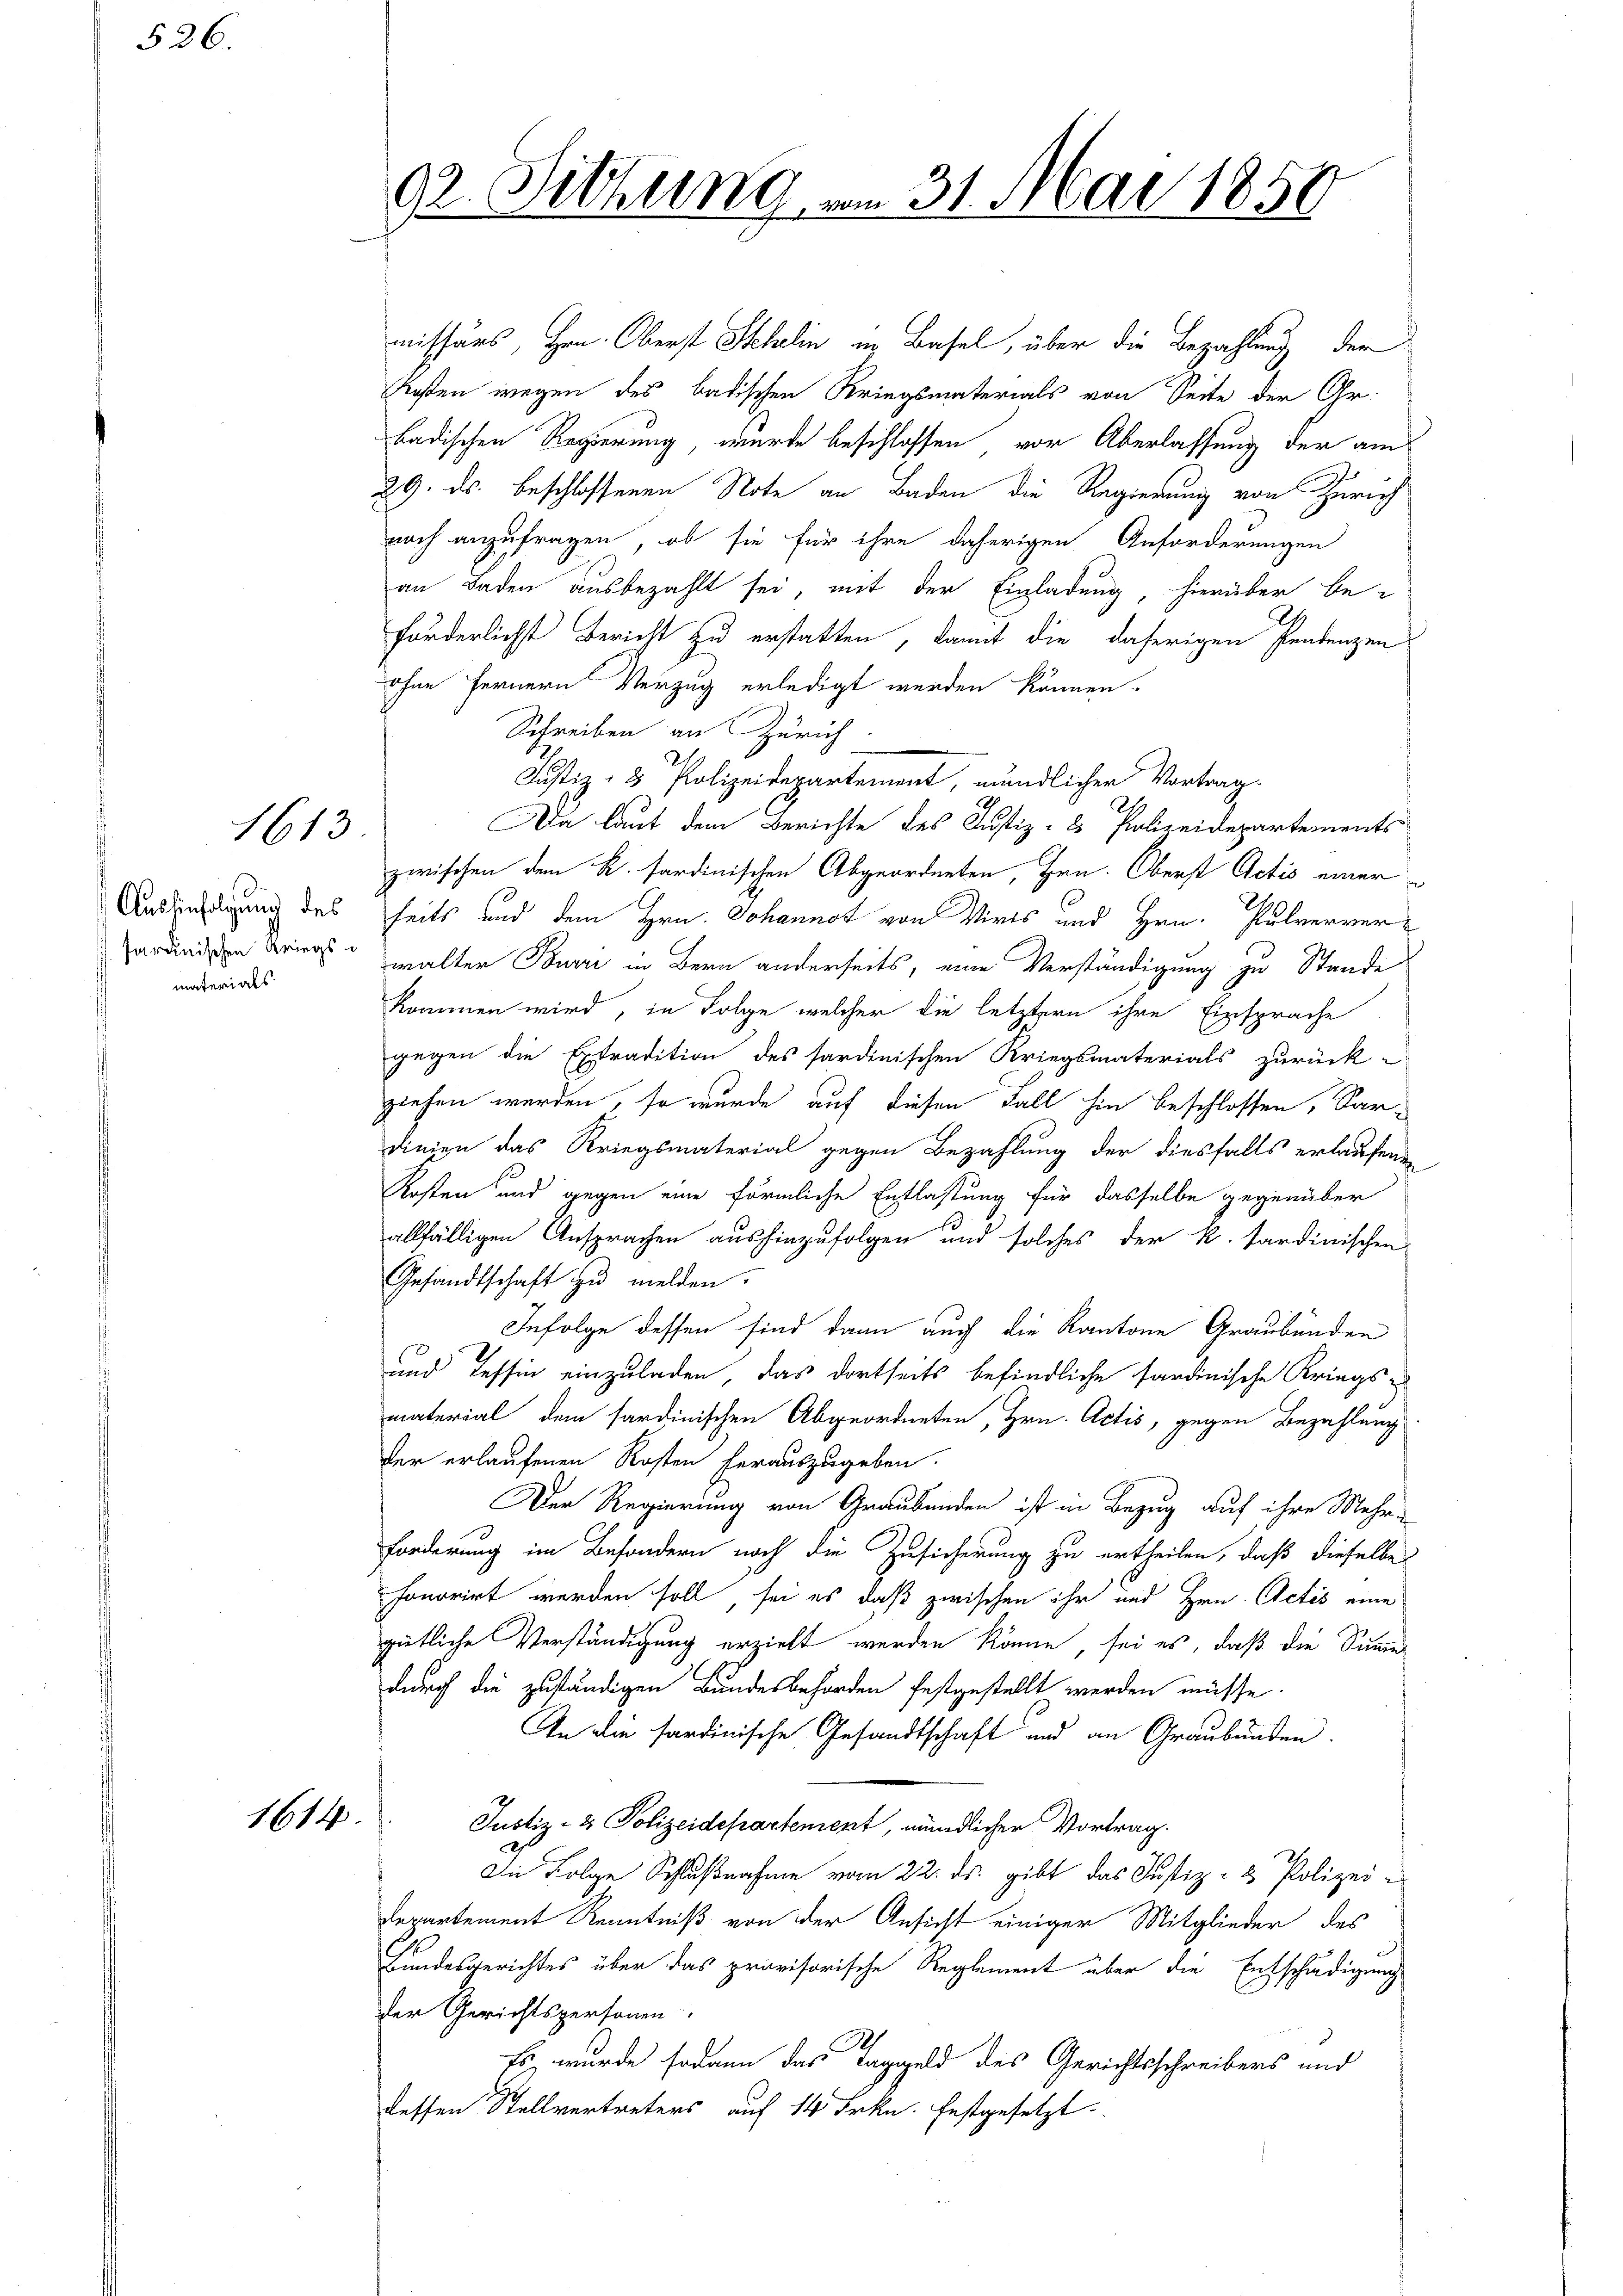
526.

1613.

Aushinfolgung des
sardinischen Kriegs
materials

1614

missärs, Hrn. Oberst Schlin in Basel, über die Bezahlung der
Kosten wegen des badischen Kriegsmaterials von Seite der Gr.
badischen Regierung, werde beschlossen vor Überlassung der am
29. ds. beschlossenen Note an Baden die Regierung von Zürich
noch anzufragen, ob sie für ihre daherigen Anforderungen
an Baden ausbezahlt sei, mit der Einladung, hierüber be-
forderlichst Bericht zu erstatten, damit die daherigen Pendenzen
ohne fernern Verzug erledigt werden können.
Schreiben an Zürich.
Justiz- & Polizeidepartement, mündlicher Vortrag
Da laut dem Berichte des Justiz- & Polizeidepartements
zwischen dem K. fordinischen Abgeordneten, Hrn. Oberst Actis einer
seits und dem Hrn. Johannot von Wirts und Hrn. Pulververwalter Burri in Bern anderseits, eine Verständigung zu Stande
kommen wird, in Folge welcher die letztern ihre Einsprache
gegen die Extradition des sardinischen Kriegsmaterials zurück-
ziehen werden, so wurde auf diesen Fall hin beschlossen, Sar-
dinien das Kriegsmaterial gegen Bezahlung der diesfalls erlaufene
Kosten und gegen eine förmliche Entlastung für dasselbe gegenüber
allfälligen Ansprachen aushinzufolgen und solches der k. Sardinischen
Gesandtschaft zu melden.
Infolge dessen sind dann auch die Kantone Graubünden
und Tessin einzuladen, das dortseits befindliche sardinische Kriegs-
material dem sardinischen Abgeordneten, Hrn. Actis, gegen Bezahlung
der erlaufenen Kosten herauszugeben.
Der Regierung von Graubünden ist in Bezug auf ihre Mehr
Forderung im Besondern nach die Zusicherung zu ertheilen, daß dieselbe
honorirt werden soll, sei es daß zwischen ihr und Hrn. Actis eine
gütliche Verständigung erzielt werden könne, sei es, daß die Summe
durch die zuständigen Bundesbehörden festgestellt werden müsse.
An die sardinische Gesandtschaft und an Graubünden.
Justiz- & Polizeidepartement, mündlichen Vortrag.
Die Folge Schlußnahme vom 22. ds. gibt das Justiz- & Polizei-
Departement Kenntniß von der Ansicht einiger Mitglieder des
Bundesgerichtes über das provisorische Reglement über die Entschädigung
der Gerichtspersonen.
2
Es wurde sodann das Taggeld des Gerichtsschreibers und
dessen Stellvertreters auf 14 Frkn. festgesetzt.

92. Sitzung vom 31. Mai 1850